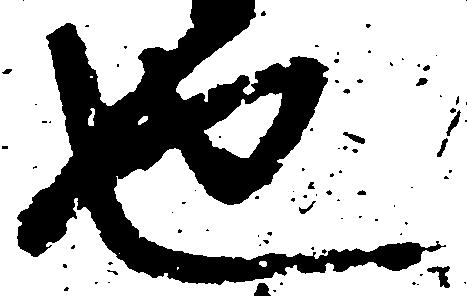
也